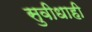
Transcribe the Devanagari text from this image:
सुवीधाही